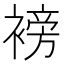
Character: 𮖧